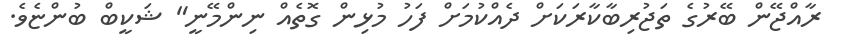
ރާއްޖޭން ބޭރުގެ ތަޖުރިބާކާރަކަށް ދެއްކުމަށް ފަހު މުޅިން ގޮތެއް ނިންމޭނީ" ޝަކީބް ބުންޏެވެ.